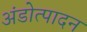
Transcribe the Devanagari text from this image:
अंडोत्पादन